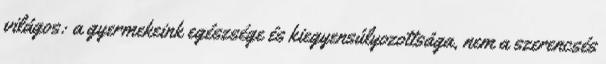
világos: a gyermekeink egészsége és kiegyensúlyozottsága, nem a szerencsés